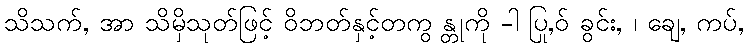
သိသက်, အာ သိမှိသုတ်ဖြင့် ဝိဘတ်နှင့်တကွ န္တုကို -ါ ပြု,ဝ် ခွင်း, ၊ ချေ, ကပ်,